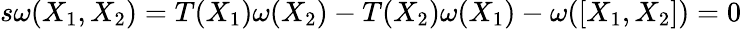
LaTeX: s\omega(X_{1},X_{2})=T(X_{1})\omega(X_{2})-T(X_{2})\omega(X_{1})-\omega([X_{1},X_{2}])=0